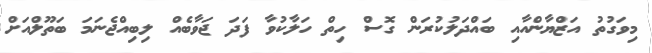
މިވަގުތު އަޒްޔާންއާއި ބައްދަލުކުރަން ގޮސް ހިތް ހަލާކުވާ ފަދަ ޖަވާބެއް ލިބިއްޖެނަމަ ބަތޫލްއަށް